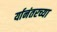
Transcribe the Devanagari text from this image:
र्यानंतरच्या